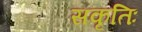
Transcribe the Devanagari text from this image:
सकृतिः